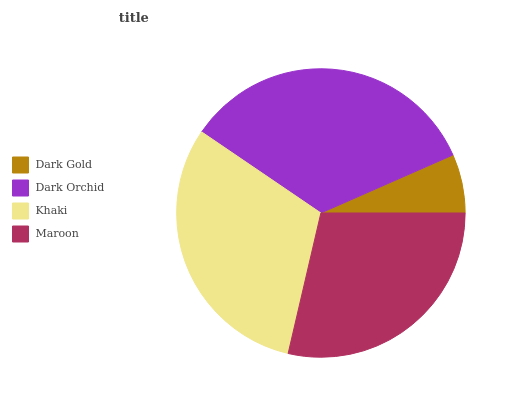
| Dark Gold | Dark Orchid | Khaki | Maroon |
 | --- | --- | --- | --- |
 | 6.59% | 33.9% | 30.9% | 28.6% |